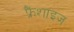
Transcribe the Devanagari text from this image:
फ्रैंशाइज